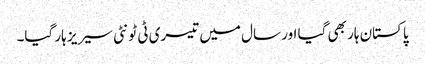
پاکستان ہار بھی گیا اور سال میں تیسری ٹی ٹونٹی سیریز ہار گیا۔